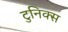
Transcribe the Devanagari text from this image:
टुनिक्स